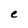
Character: e